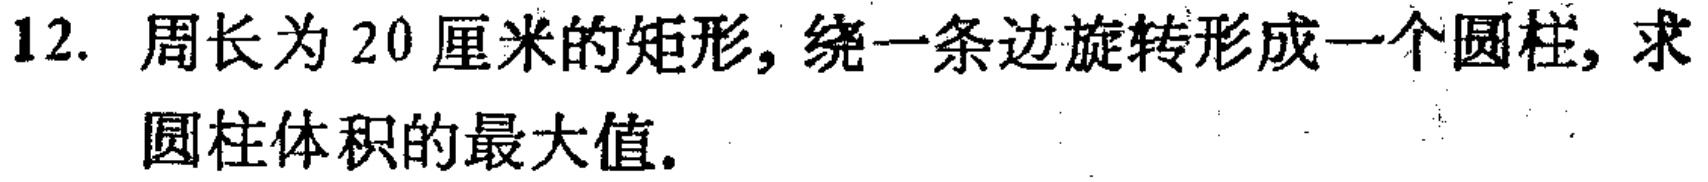
12. 周长为 20 厘米的矩形，绕一条边旋转形成一个圆柱，求圆柱体积的最大值。